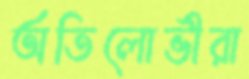
অতিলোভীরা